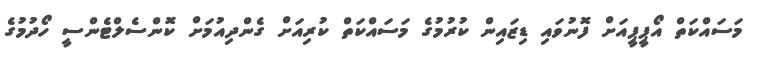
މަސައްކަތް އޯޕީޕީއަށް ފޮނުވައި ޑިޒައިން ކުރުމުގެ މަސައްކަތް ކުރިއަށް ގެންދިއުމަށް ކޮންސެލްޓެންސީ ހޯދުމުގެ